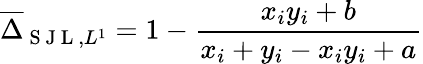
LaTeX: \overline{{\Delta}}_{\mathrm{~S~J~L~},L^{1}}=1-\frac{x_{i}y_{i}+b}{x_{i}+y_{i}-x_{i}y_{i}+a}